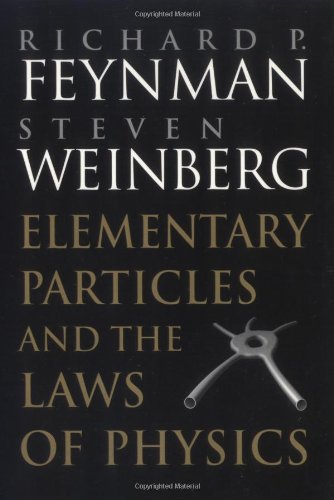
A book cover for Elementary Particles and the Laws of Physics: The 1986 Dirac Memorial Lectures; Richard P. Feynman; Science & Math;